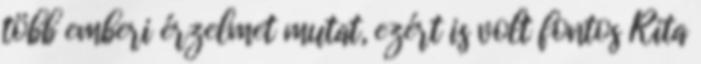
több emberi érzelmet mutat, ezért is volt fontos Rita